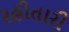
રહીતારી